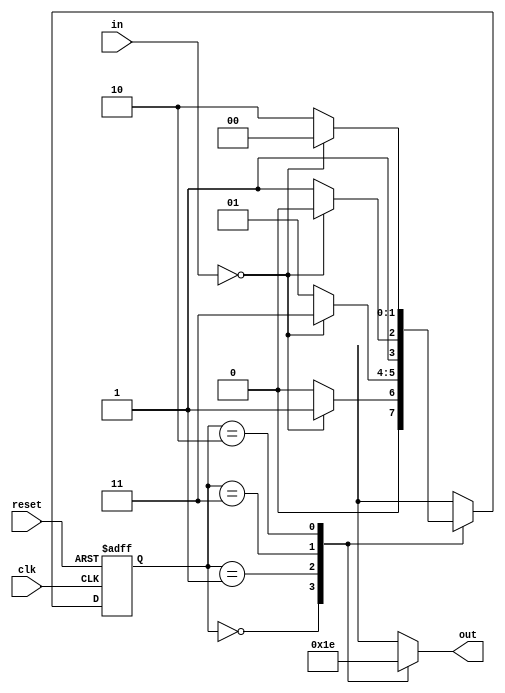
module gray_code_state_machine (
    input wire clk,
    input wire reset,
    input wire [1:0] in,
    output reg [1:0] out
);

// Define state encoding using Gray code
parameter S0 = 2'b00;
parameter S1 = 2'b01;
parameter S2 = 2'b11;
parameter S3 = 2'b10;

// Define state register
reg [1:0] state_reg, next_state;

// State transition logic
always @ (posedge clk or posedge reset)
begin
    if (reset)
        state_reg <= S0;
    else
        state_reg <= next_state;
end

// Output logic
always @ (*)
begin
    case(state_reg)
        S0: out = 2'b00;
        S1: out = 2'b01;
        S2: out = 2'b11;
        S3: out = 2'b10;
    endcase
end

// Next state logic
always @ (*)
begin
    case(state_reg)
        S0: next_state = in == 2'b00 ? S1 : S0;
        S1: next_state = in == 2'b00 ? S2 : S1;
        S2: next_state = in == 2'b00 ? S3 : S2;
        S3: next_state = in == 2'b00 ? S0 : S3;
    endcase
end

endmodule